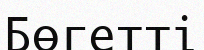
Бөгетті